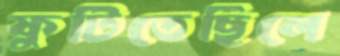
ফুটিতেছিলে